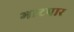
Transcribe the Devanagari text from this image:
भाटपार